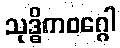
သုဒ္ဓိကဝဂ္ဂေါ